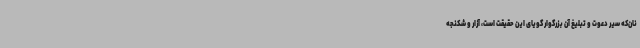
نان‌که سیر دعوت و تبلیغ آن بزرگوار گویای این حقیقت است، آزار و شکنجه